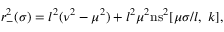
r _ { - } ^ { 2 } ( \sigma ) = l ^ { 2 } ( \nu ^ { 2 } - \mu ^ { 2 } ) + l ^ { 2 } \mu ^ { 2 } \mathrm { n s } ^ { 2 } [ \mu \sigma / l , \; k ] ,